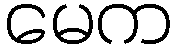
မေက